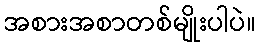
အစားအစာတစ်မျိုးပါပဲ။